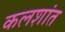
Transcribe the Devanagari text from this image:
कलशांत